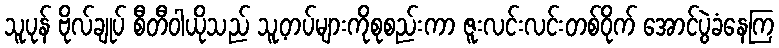
သူပုန် ဗိုလ်ချုပ် စီတီဝါယိုသည် သူ့တပ်များကိုစုစည်းကာ ဇူးလင်းလင်းတစ်ဝိုက် အောင်ပွဲခံနေကြ